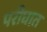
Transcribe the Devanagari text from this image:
परीघात